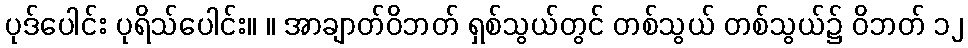
ပုဒ်ပေါင်း ပုရိသ်ပေါင်း။ ။ အာချာတ်ဝိဘတ် ရှစ်သွယ်တွင် တစ်သွယ် တစ်သွယ်၌ ဝိဘတ် ၁၂